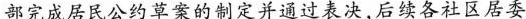
部完成居民公约草案的制定并通过表决，后续各社区居委